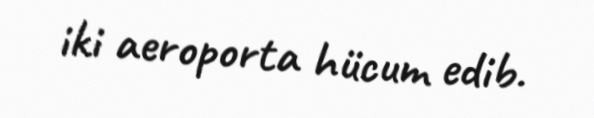
iki aeroporta hücum edib.